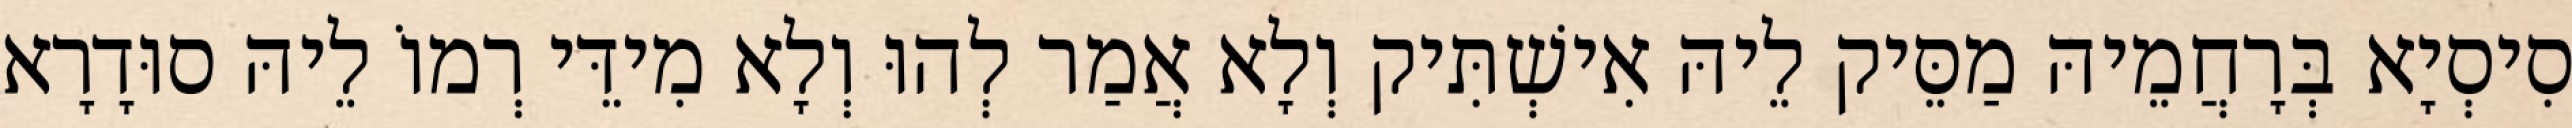
סִיסְיָא בְּרָחֲמֵיהּ מַסֵּיק לֵיהּ אִישְׁתִּיק וְלָא אֲמַר לְהוּ וְלָא מִידֵּי רְמוֹ לֵיהּ סוּדָרָא